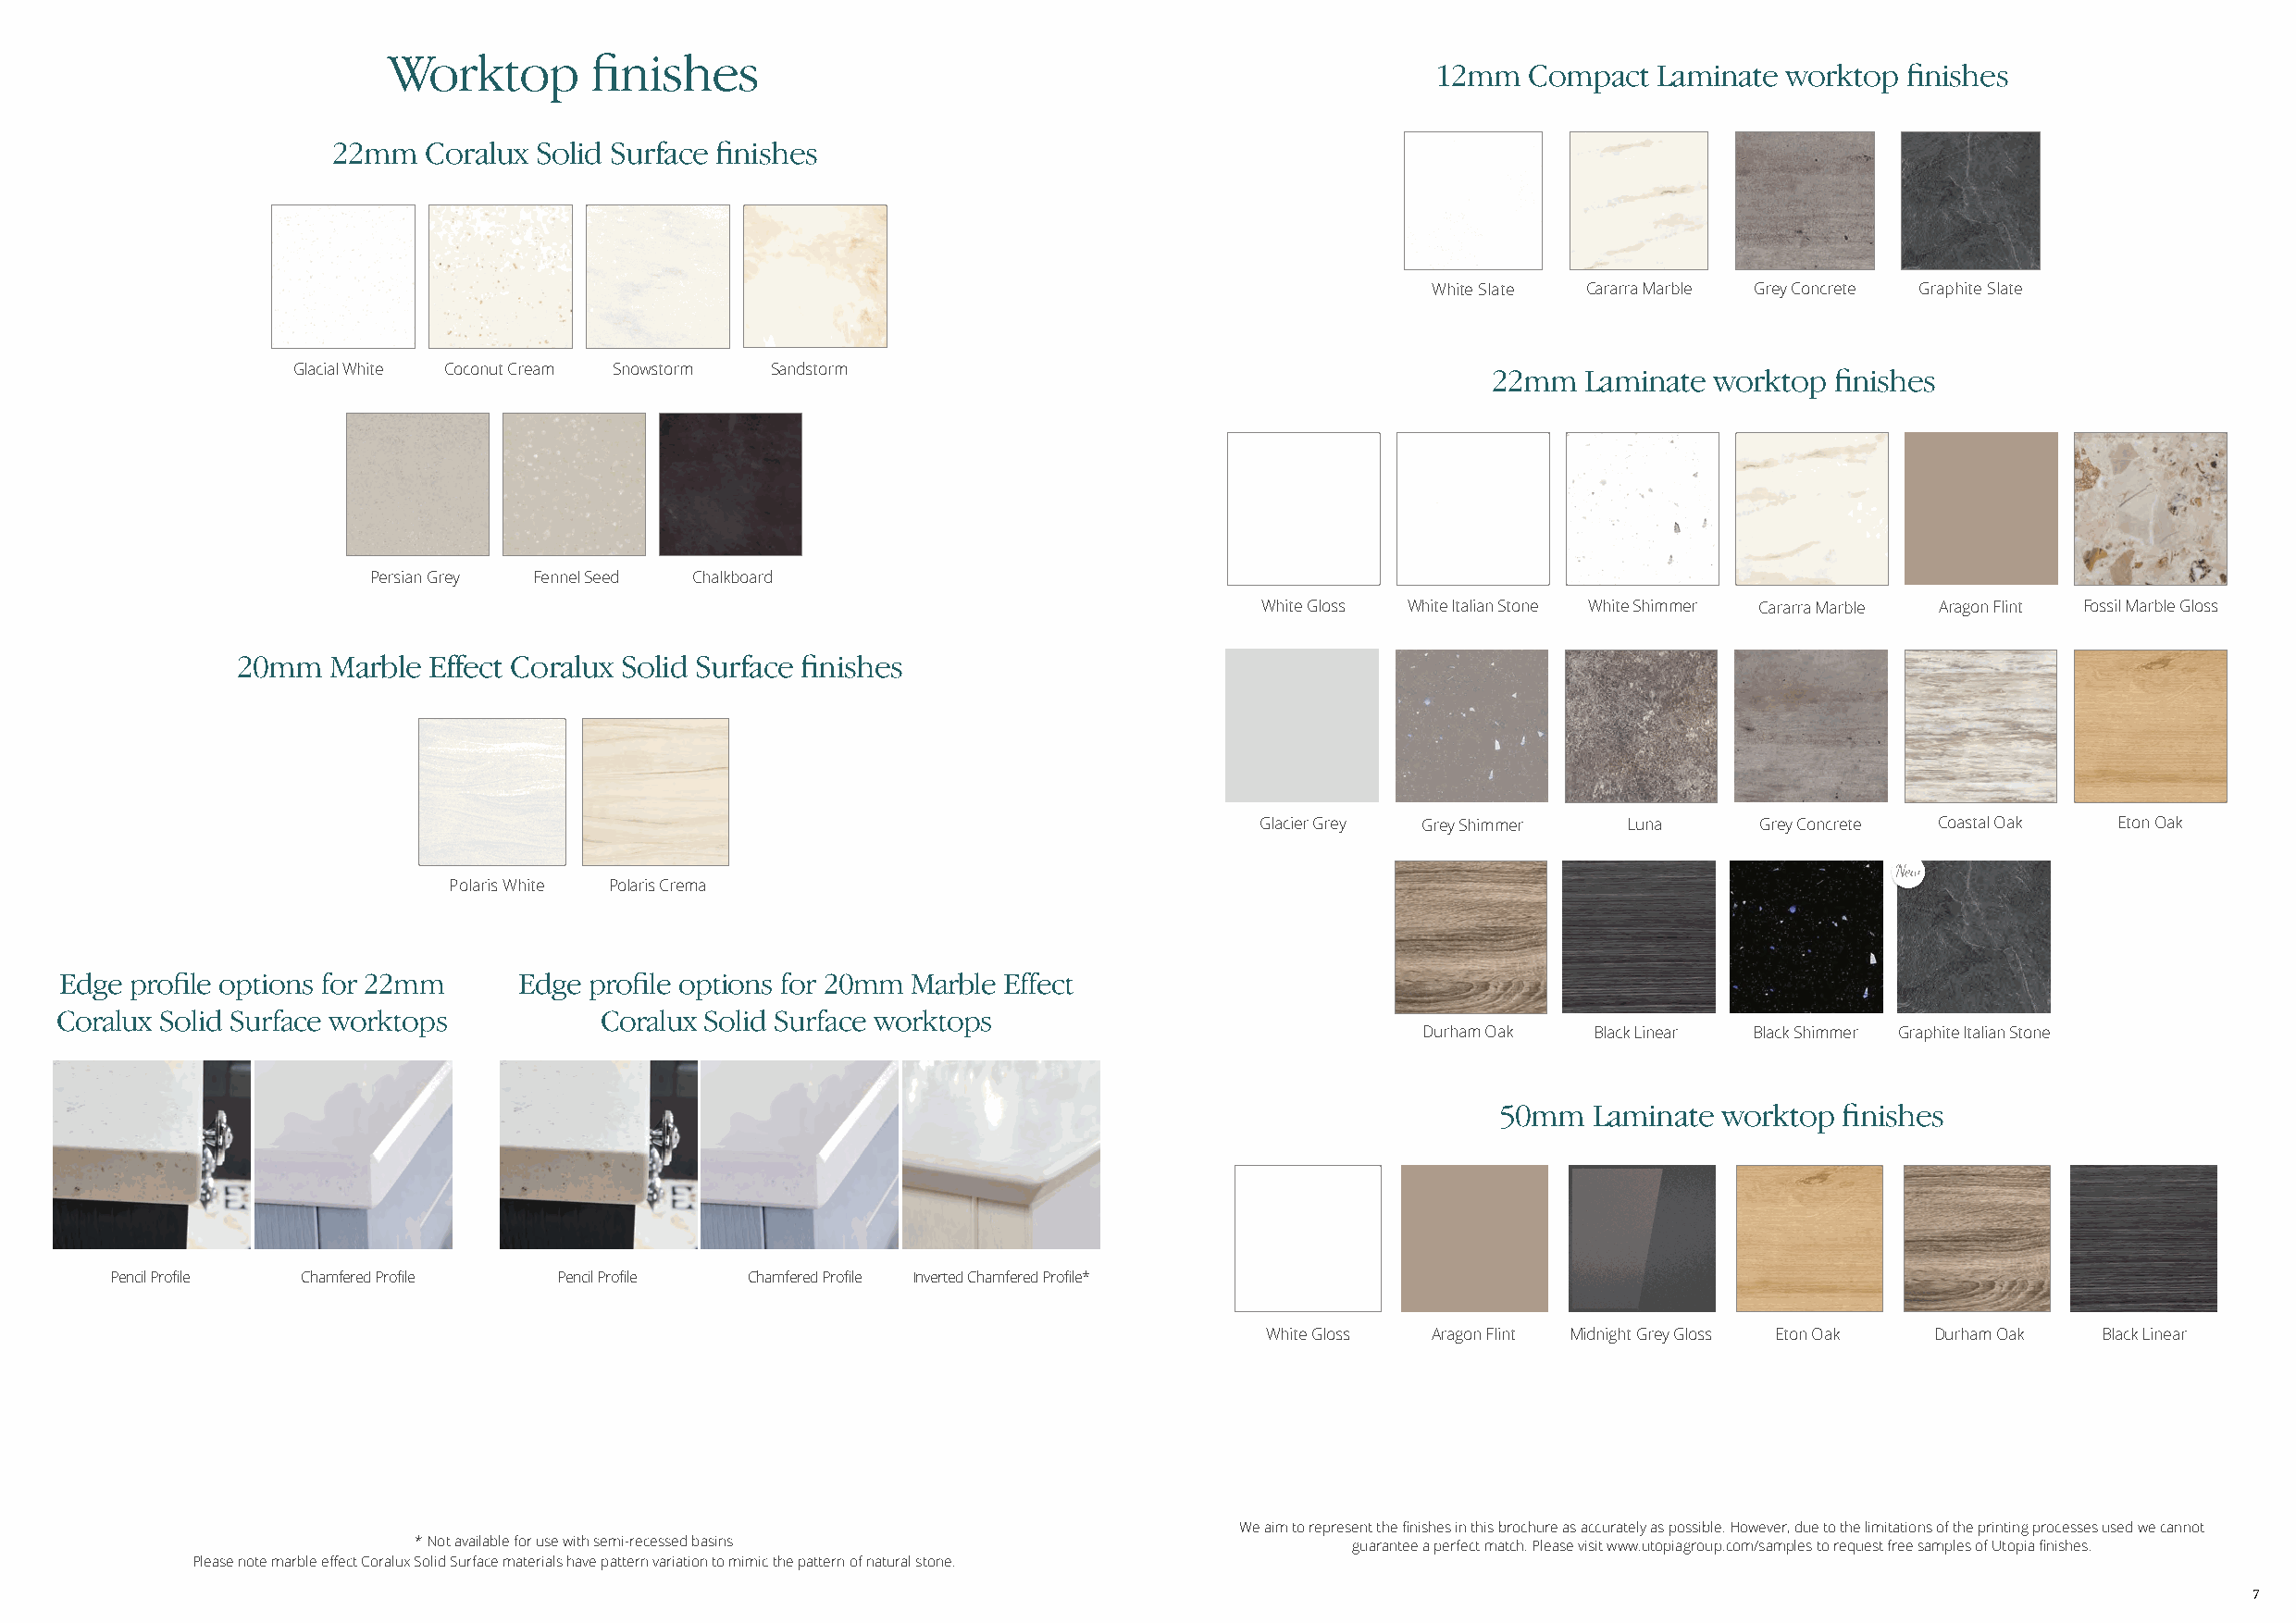
Worktop       finishes
 12mm  Compact  Laminate  worktop finishes
 22mm  Coralux Solid Surface finishes
 White Slate Cararra Marble Grey Concrete Graphite Slate
 Glacial White Coconut Cream Snowstorm Sandstorm                                       22mm  Laminate  worktop finishes
 Persian Grey Fennel Seed Chalkboard
 White Gloss White Italian Stone White Shimmer Cararra Marble Aragon Flint Fossil Marble Gloss
 20mm   Marble Effect Coralux Solid Surface finishes
 Glacier Grey Grey Shimmer Luna      Grey Concrete Coastal Oak Eton Oak
 Polaris White Polaris Crema
 Edge profile options for 22mm    Edge profile options for 20mm Marble Effect
 Coralux Solid Surface worktops         Coralux Solid Surface worktops
 Durham Oak  Black Linear Black Shimmer Graphite Italian Stone
 50mm   Laminate worktop  finishes
 Pencil Profile Chamfered Profile Pencil Profile Chamfered Profile Inverted Chamfered Profile*
 White Gloss Aragon Flint Midnight Grey Gloss Eton Oak Durham Oak Black Linear
 We aim to represent the finishes in this brochure as accurately as possible. However, due to the limitations of the printing processes used we cannot
 * Not available for use with semi-recessed basins                  guarantee a perfect match. Please visit www.utopiagroup.com/samples to request free samples of Utopia finishes.
 Please note marble effect Coralux Solid Surface materials have pattern variation to mimic the pattern of natural stone.
 7